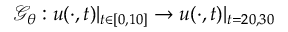
\mathcal { G } _ { \theta } : u ( \cdot , t ) | _ { t \in [ 0 , 1 0 ] } \to u ( \cdot , t ) | _ { t = 2 0 , 3 0 }